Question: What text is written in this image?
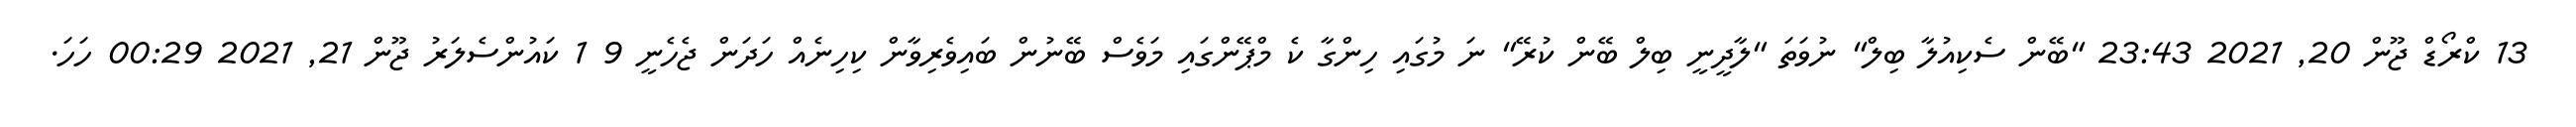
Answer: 13 ކްރޯޑް ޖޫން 20, 2021 23:43 "ބޭން ސެކިއުލާ ބިލް" ނުވަތަ "ލާދީނީ ބިލް ބޭން ކުރޭ" ނަ މުގައި ހިންގާ ކެ މްޕޭންގައި މަވެސް ބޭނުން ބައިވެރިވާން ކިހިނެއް ހަދަން ޖެހެނީ 9 1 ކައުންސެލަރު ޖޫން 21, 2021 00:29 ހަހަ.